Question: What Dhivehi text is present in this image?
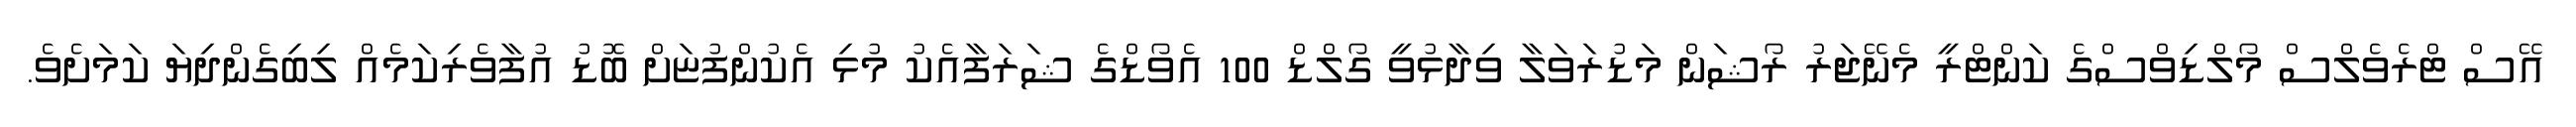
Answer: އޭސް ޓްރެވެލްސް މޯލްޑިވްސްގެ ކަންޓްރީ މެނޭޖަރު ރޯޝަން މަޑުރަވަލާ ވިދާޅުވީ ގޯލްޑް 100 އެވޯޑްގެ ޝަރަފާއެކު މުޅި އެކުންފުޏަށް ބޮޑު އުފާވެރިކަމެއް ލިބިގެންދިޔަ ކަމަށެވެ.